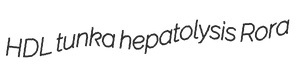
HDL tunka hepatolysis Rora